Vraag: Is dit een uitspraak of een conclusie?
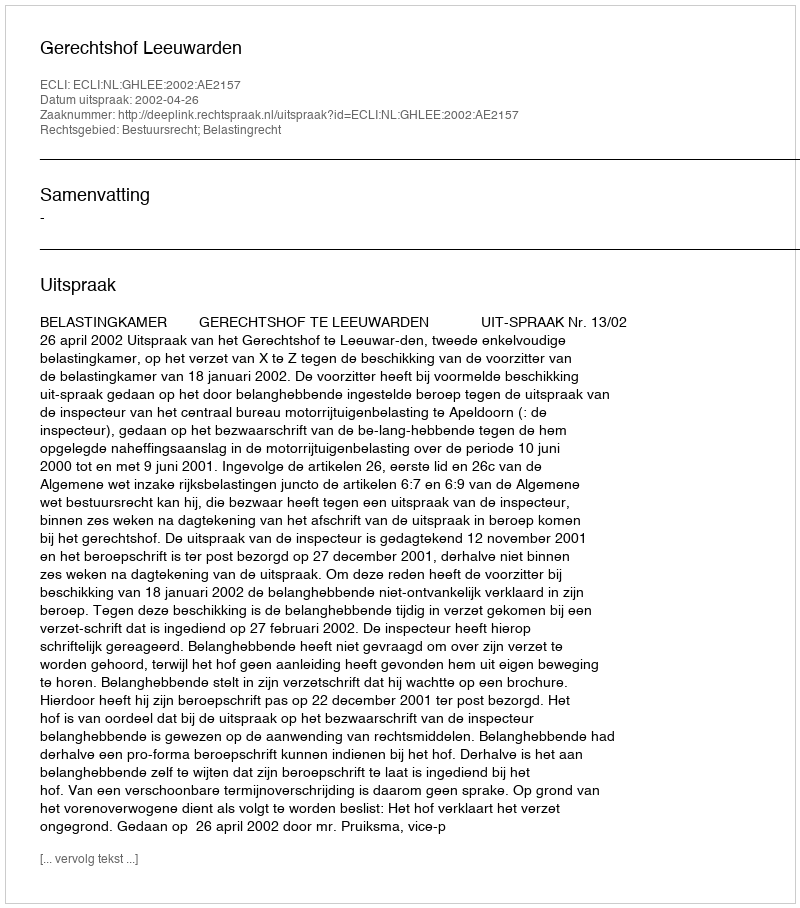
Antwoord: Uitspraak